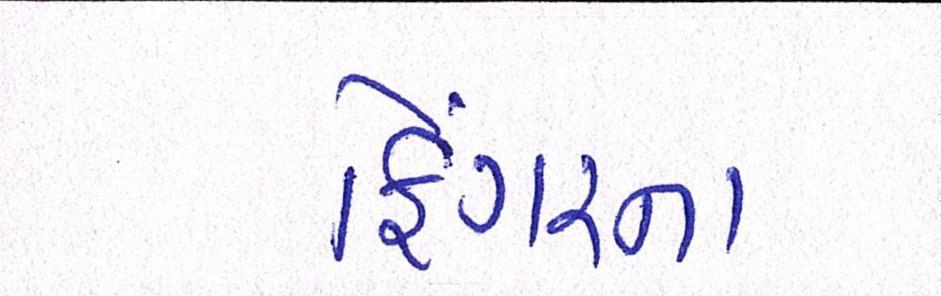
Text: ફિંગરના